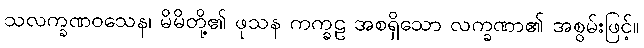
သလက္ခဏဝသေန၊ မိမိတို့၏ ဖုသန ကက္ခဠ အစရှိသော လက္ခဏာ၏ အစွမ်းဖြင့်။